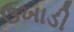
ઉખાડી